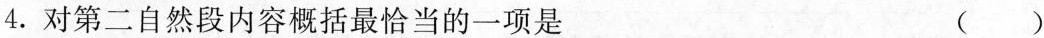
4. 对第二自然段内容概括最恰当的一项是 ( )